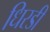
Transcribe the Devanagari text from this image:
धिरडी